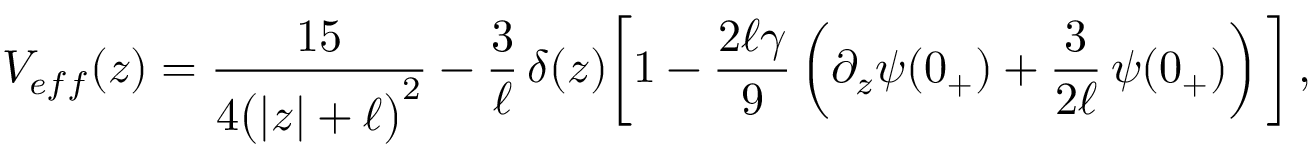
V _ { e f f } ( z ) = \frac { 1 5 } { 4 \big ( | z | + \ell \big ) ^ { 2 } } - \frac { 3 } { \ell } \, \delta ( z ) \bigg [ 1 - \frac { 2 \ell \gamma } { 9 } \left( \partial _ { z } \psi ( 0 _ { + } ) + \frac { 3 } { 2 \ell } \, \psi ( 0 _ { + } ) \right) \bigg ] \, ,